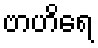
ဗာဟိရေ